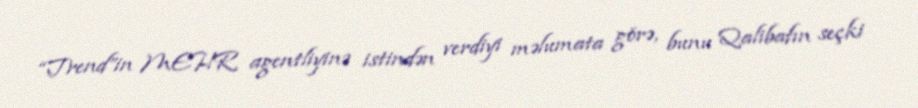
“Trend”in MEHR agentliyinə istindən verdiyi məlumata görə, bunu Qalibafın seçki